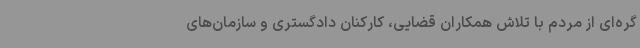
گره‌ای از مردم با تلاش همکاران قضایی، کارکنان دادگستری و سازمان‌های